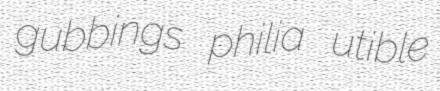
gubbings philia utible